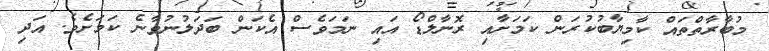
މުބާރާތްތައް ކާމިޔާބުކުރަން ކަމަށާއި ރޮނާލްޑޯ އައި ނަމަވެސް އެކަން ބަދަލުނުވާނެ ކަމަށެވެ. އަދި